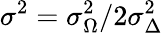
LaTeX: \sigma^{2}=\sigma_{\Omega}^{2}/2\sigma_{\Delta}^{2}